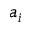
a _ { i }